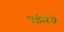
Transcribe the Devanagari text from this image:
एईसंजे